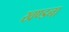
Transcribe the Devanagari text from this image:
खण्डना